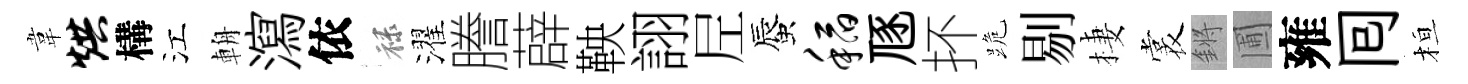
韋烘構江輈瀉依禄濯謄薜鞅詡𡰱蜃稻豗抔跪剔棲裳鏘圃雍囘桓